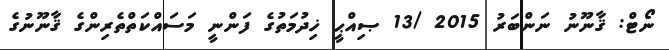
ނޯޓް: ޤާނޫނު ނަންބަރު 2015 /13 ޞިއްޙީ ޚިދުމަތުގެ ފަންނީ މަސައްކަތްތެރިންގެ ޤާނޫނުގެ